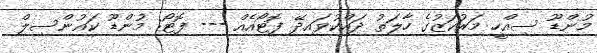
މުންޑޫ ސިއްހީ މަރުކަޒުގެ ހާލަތު ދައްކުވައިދޭ ފޮޓޯއެއް --- ފޮޓޯ: މުންޑޫ ކައުންސިލް